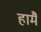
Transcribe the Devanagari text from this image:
हामै